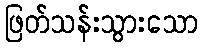
ဖြတ်သန်းသွားသော